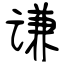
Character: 谦